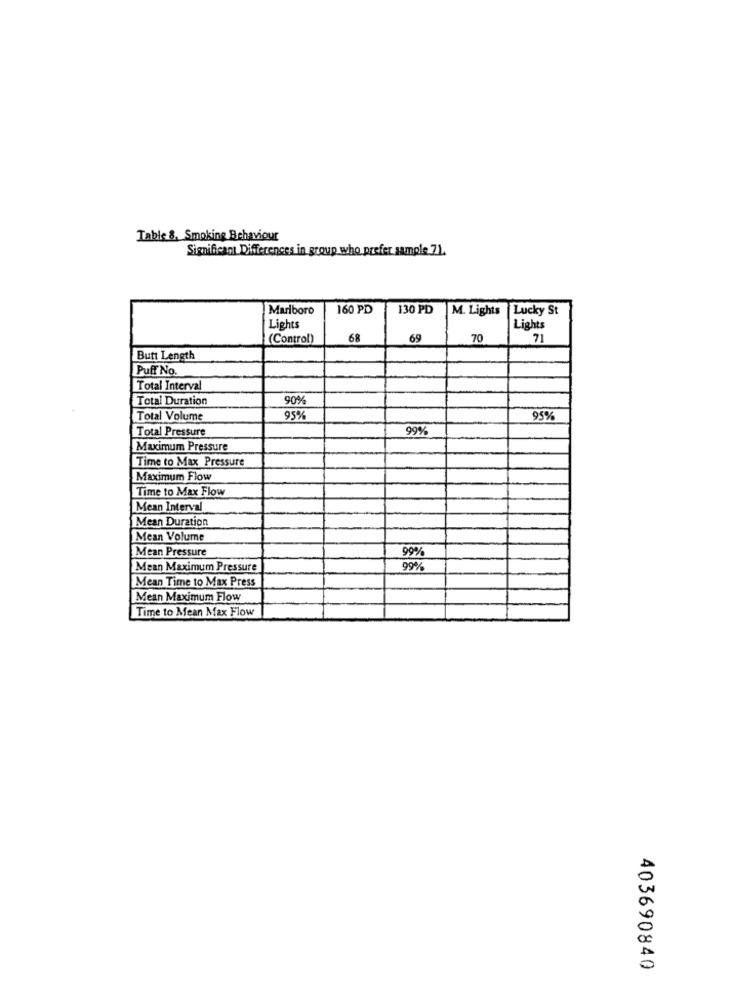
Table 8, Smoking Behaviour
Significant Differences in group who prefer sample 71.
Marlboro
160 PD
130 PD
M. Lights
Lucky St
Lights
Lights
(Control)
68
69
70
71
Butt Length
Puff No.
Total Interval
Total Duration
90%
Total Volume
95%
95%
Total Pressure
99%
Maximum Pressure
Time to Max Pressure
Maximum Flow
Time to Max Flow
Mean Interval
Mean Duration
Mean Volume
Mean Pressure
99%
Mean Maximum Pressure
99%
Mean Time to Max Press
Mean Maximum Flow
Time to Mean Max Flow
403690840